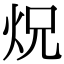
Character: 炾